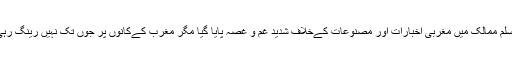
مسلم ممالک میں مغربی اخبارات اور مصنوعات کےخلاف شدید غم و غصہ پایا گیا مگر مغرب کےکانوں پر جوں تک نہیں رینگ رہی۔